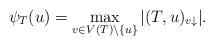
LaTeX: \begin{align*}\psi_T(u) = \max_{v \in V(T) \setminus \{u\}} |(T, u)_{v\downarrow}|.\end{align*}